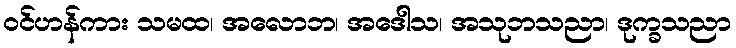
ဝင်ဟန်ကား သမထ၊ အလောဘ၊ အဒေါသ၊ အသုဘသညာ၊ ဒုက္ခသညာ